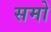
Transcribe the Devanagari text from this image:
समो